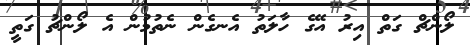
ލޯންޗް ގަތް އިރު އޭގެ ހާލަތު އެނގެން ނެތުމުން އެ ލޯންޗު ގަތީ